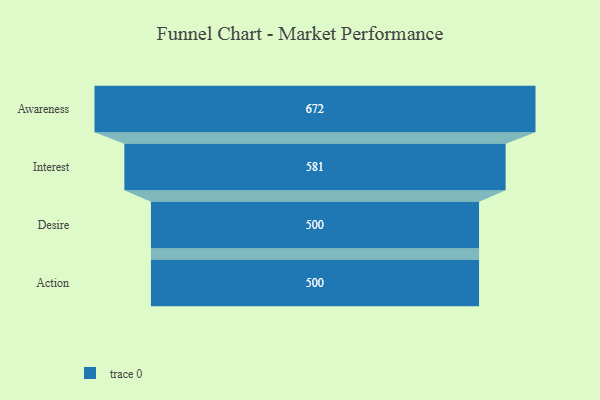
{"axis": {"x": "Stage", "y": "Value"}, "legend": [""], "data": [{"x": "Awareness", "y": 672.0, "type": ""}, {"x": "Interest", "y": 581.0, "type": ""}, {"x": "Desire", "y": 500, "type": ""}, {"x": "Action", "y": 500, "type": ""}]}